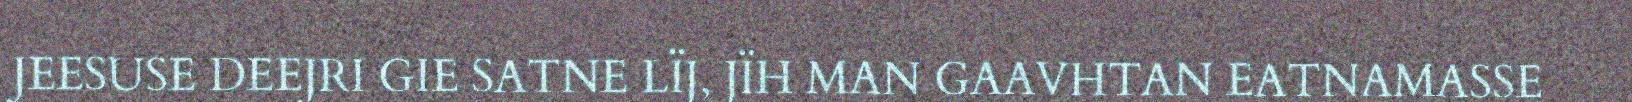
JEESUSE DEEJRI GIE SATNE LÏJ, JÏH MAN GAAVHTAN EATNAMASSE